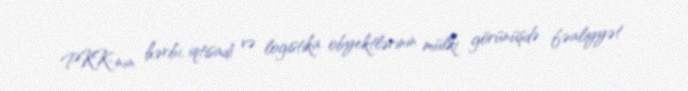
PKK-nın hərbi, iqtisadi və logistika obyektlərinin mülki görünüşdə fəaliyyət